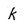
Character: k